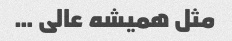
مثل همیشه عالی …